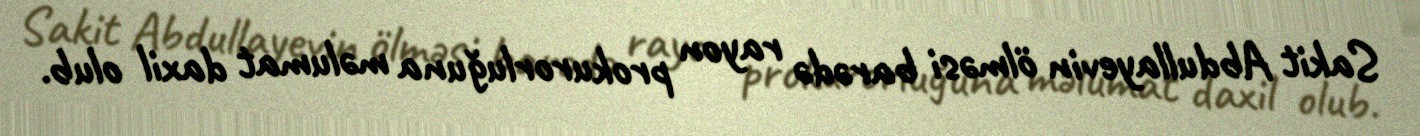
Sakit Abdullayevin ölməsi barədə rayon prokurorluğuna məlumat daxil olub.